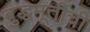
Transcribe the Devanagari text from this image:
बुद्धमूर्तीची